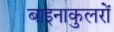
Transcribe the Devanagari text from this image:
बाइनाकुलरों